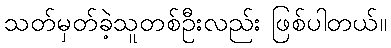
သတ်မှတ်ခဲ့သူတစ်ဦးလည်း ဖြစ်ပါတယ်။